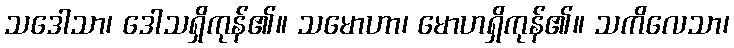
သဒေါသာ၊ ဒေါသရှိကုန်၏။ သမောဟာ၊ မောဟရှိကုန်၏။ သကိလေသာ၊